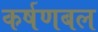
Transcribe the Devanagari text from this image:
कर्षणबल